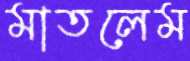
মাতলেম